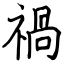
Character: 禍